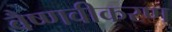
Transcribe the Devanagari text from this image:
वैष्णवीकरण